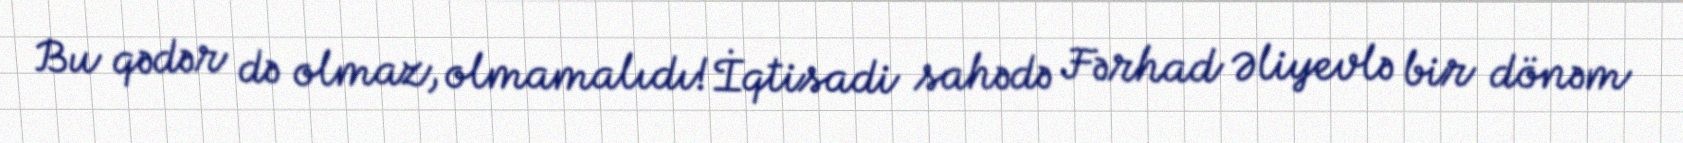
Bu qədər də olmaz, olmamalıdı!İqtisadi sahədə Fərhad Əliyevlə bir dönəm